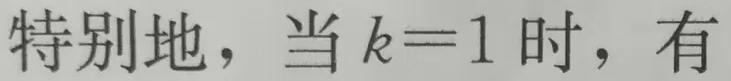
特别地，当 $k = 1$ 时，有